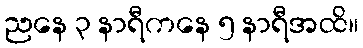
ညနေ ၃ နာရီကနေ ၅ နာရီအထိ။